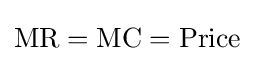
{\text{MR}}={\text{MC}}={\text{Price}}